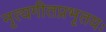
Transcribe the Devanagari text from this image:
नृत्यगीतप्रभृतयः